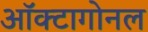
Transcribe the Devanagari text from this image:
ऑक्टागोनल